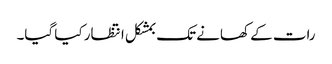
رات کے کھانے تک بمشکل انتظار کیا گیا۔